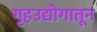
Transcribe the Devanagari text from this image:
गृहउद्योगातून